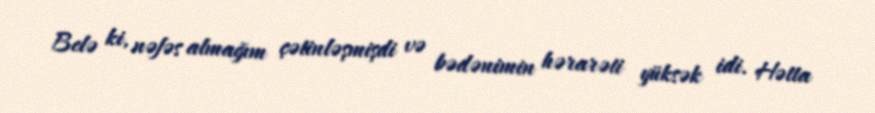
Belə ki, nəfəs almağım çətinləşmişdi və bədənimin hərarəti yüksək idi. Hətta